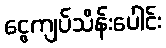
ငွေကျပ်သိန်းပေါင်း